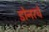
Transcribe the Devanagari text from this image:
डोनरचे